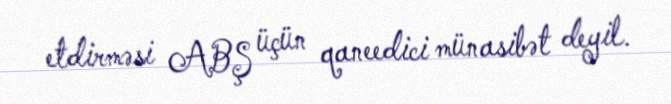
etdirməsi ABŞ üçün qaneedici münasibət deyil.